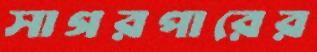
সাগরপারের